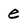
Character: e